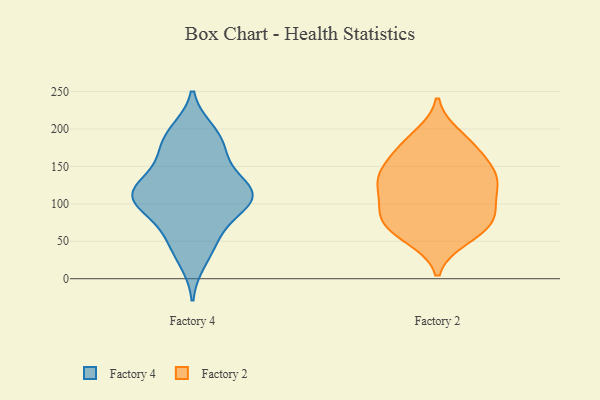
{"axis": {"x": "Backlog", "y": "Value"}, "legend": ["Factory 2", "Factory 4"], "data": [{"x": "", "y": 121, "type": "Factory 4"}, {"x": "", "y": 110, "type": "Factory 4"}, {"x": "", "y": 106, "type": "Factory 4"}, {"x": "", "y": 75, "type": "Factory 4"}, {"x": "", "y": 54, "type": "Factory 4"}, {"x": "", "y": 108, "type": "Factory 4"}, {"x": "", "y": 116, "type": "Factory 4"}, {"x": "", "y": 118, "type": "Factory 4"}, {"x": "", "y": 194, "type": "Factory 4"}, {"x": "", "y": 49, "type": "Factory 4"}, {"x": "", "y": 102, "type": "Factory 4"}, {"x": "", "y": 156, "type": "Factory 4"}, {"x": "", "y": 198, "type": "Factory 4"}, {"x": "", "y": 168, "type": "Factory 4"}, {"x": "", "y": 23, "type": "Factory 4"}, {"x": "", "y": 97, "type": "Factory 4"}, {"x": "", "y": 138, "type": "Factory 4"}, {"x": "", "y": 180, "type": "Factory 4"}, {"x": "", "y": 94, "type": "Factory 2"}, {"x": "", "y": 134, "type": "Factory 2"}, {"x": "", "y": 121, "type": "Factory 2"}, {"x": "", "y": 183, "type": "Factory 2"}, {"x": "", "y": 176, "type": "Factory 2"}, {"x": "", "y": 143, "type": "Factory 2"}, {"x": "", "y": 80, "type": "Factory 2"}, {"x": "", "y": 191, "type": "Factory 2"}, {"x": "", "y": 70, "type": "Factory 2"}, {"x": "", "y": 128, "type": "Factory 2"}, {"x": "", "y": 56, "type": "Factory 2"}, {"x": "", "y": 136, "type": "Factory 2"}, {"x": "", "y": 152, "type": "Factory 2"}, {"x": "", "y": 77, "type": "Factory 2"}, {"x": "", "y": 54, "type": "Factory 2"}, {"x": "", "y": 73, "type": "Factory 2"}, {"x": "", "y": 166, "type": "Factory 2"}, {"x": "", "y": 93, "type": "Factory 2"}, {"x": "", "y": 130, "type": "Factory 2"}, {"x": "", "y": 104, "type": "Factory 2"}]}